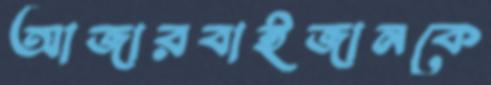
আজারবাইজানকে